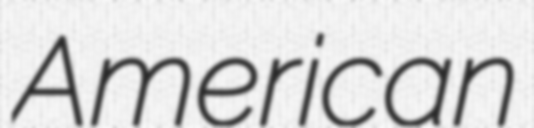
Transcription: American